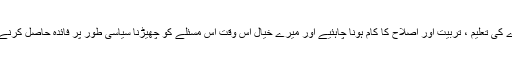
پہلی ترجیح معاشرے کی تعلیم ، تربیت اور اصلاح کا کام ہونا چاہئیے اور میرے خیال اس وقت اس مسئلے کو چھیڑنا سیاسی طور پر فائدہ حاصل کرنے کے مترادف ھے ۔